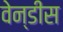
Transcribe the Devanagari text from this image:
वेन्डीस